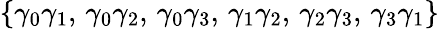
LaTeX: \{ \gamma_{0}\gamma_{1},\, \gamma_{0}\gamma_{2},\, \gamma_{0}\gamma_{3},\, \gamma_{1}\gamma_{2},\, \gamma_{2}\gamma_{3},\, \gamma_{3}\gamma_{1}\}